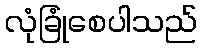
လုံခြုံစေပါသည်